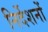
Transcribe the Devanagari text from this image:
निर्देशनों